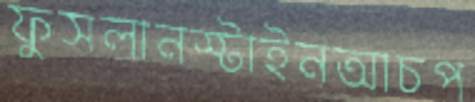
ফুসলানস্টাইনআচপ